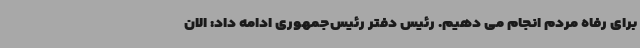
برای رفاه مردم انجام می دهیم. رئیس دفتر رئیس‌جمهوری ادامه داد: الان